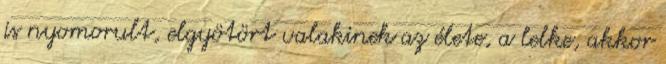
is nyomorult, elgyötört valakinek az élete, a lelke, akkor